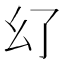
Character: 𢆴